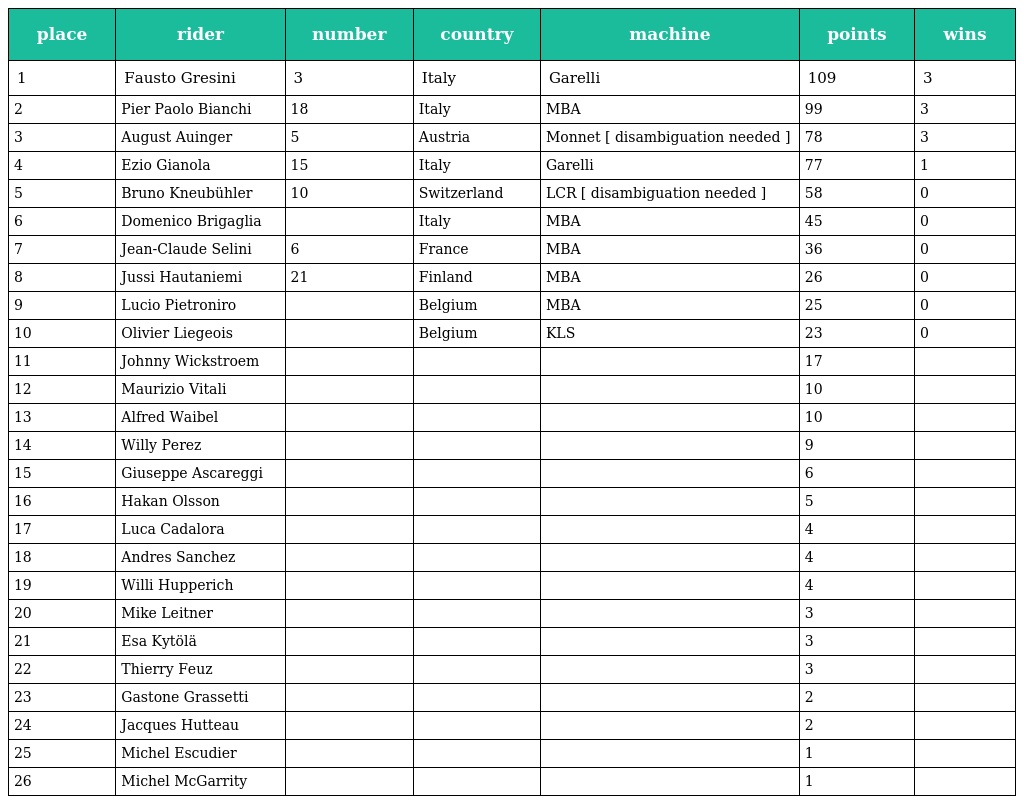
| place | rider | number | country | machine | points | wins |
 | --- | --- | --- | --- | --- | --- | --- |
 | 1 | Fausto Gresini | 3 | Italy | Garelli | 109 | 3 |
 | 2 | Pier Paolo Bianchi | 18 | Italy | MBA | 99 | 3 |
 | 3 | August Auinger | 5 | Austria | Monnet [ disambiguation needed ] | 78 | 3 |
 | 4 | Ezio Gianola | 15 | Italy | Garelli | 77 | 1 |
 | 5 | Bruno Kneubühler | 10 | Switzerland | LCR [ disambiguation needed ] | 58 | 0 |
 | 6 | Domenico Brigaglia |  | Italy | MBA | 45 | 0 |
 | 7 | Jean-Claude Selini | 6 | France | MBA | 36 | 0 |
 | 8 | Jussi Hautaniemi | 21 | Finland | MBA | 26 | 0 |
 | 9 | Lucio Pietroniro |  | Belgium | MBA | 25 | 0 |
 | 10 | Olivier Liegeois |  | Belgium | KLS | 23 | 0 |
 | 11 | Johnny Wickstroem |  |  |  | 17 |  |
 | 12 | Maurizio Vitali |  |  |  | 10 |  |
 | 13 | Alfred Waibel |  |  |  | 10 |  |
 | 14 | Willy Perez |  |  |  | 9 |  |
 | 15 | Giuseppe Ascareggi |  |  |  | 6 |  |
 | 16 | Hakan Olsson |  |  |  | 5 |  |
 | 17 | Luca Cadalora |  |  |  | 4 |  |
 | 18 | Andres Sanchez |  |  |  | 4 |  |
 | 19 | Willi Hupperich |  |  |  | 4 |  |
 | 20 | Mike Leitner |  |  |  | 3 |  |
 | 21 | Esa Kytölä |  |  |  | 3 |  |
 | 22 | Thierry Feuz |  |  |  | 3 |  |
 | 23 | Gastone Grassetti |  |  |  | 2 |  |
 | 24 | Jacques Hutteau |  |  |  | 2 |  |
 | 25 | Michel Escudier |  |  |  | 1 |  |
 | 26 | Michel McGarrity |  |  |  | 1 |  |